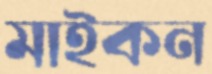
মাইকন